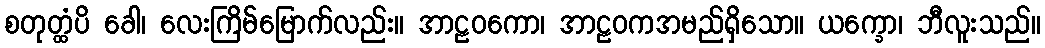
စတုတ္ထံပိ ခေါ၊ လေးကြိမ်မြောက်လည်း။ အာဠဝကော၊ အာဠဝကအမည်ရှိသော။ ယက္ခော၊ ဘီလူးသည်။